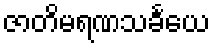
ဇာတိမရဏသင်္ခယေ